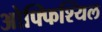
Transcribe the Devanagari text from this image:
ओफ्फिश्यिल